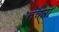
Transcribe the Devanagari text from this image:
तचारा